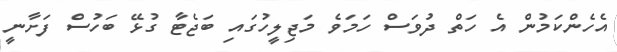
އެހެންކަމުން އެ ހަތް ދުވަސް ހަމަވެ މަޖިލީހުގައި ބަޖެޓާ ގުޅޭ ބަހުސް ފަށާނީ